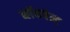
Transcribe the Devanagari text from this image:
ब्लॅकबेल्ट